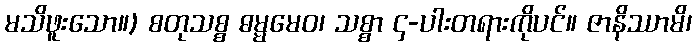
မသိဖူးသော။) စတုသစ္စ ဓမ္မမေဝ၊ သစ္စာ ၄-ပါးတရားကိုပင်။ ဇာနိဿာမိ၊